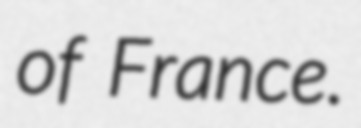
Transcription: of France.